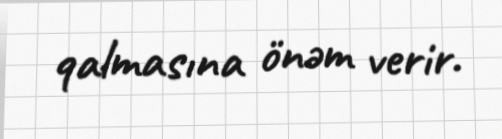
qalmasına önəm verir.